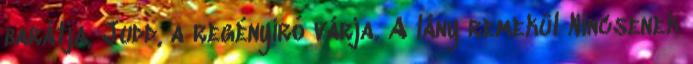
barátja, Judd, a regényíró várja. A lány remekül Nincsenek